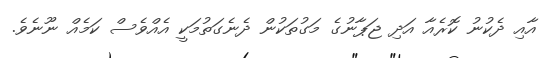
އާއި ދެކުނު ކޮރެއާ އަދި ޖަޕާނުގެ މަގުތަކުން ދެނެގަތުމަކީ އެއްވެސް ކަމެއް ނޫނެވެ.